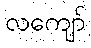
လကျော်